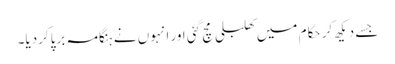
جسے دیکھ کر حکام میں کھلبلی مچ گئی اور انہوں نے ہنگامہ برپاکردیا۔